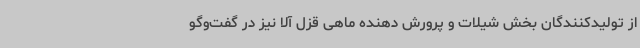
از تولیدکنندگان بخش شیلات و پرورش دهنده ماهی قزل آلا نیز در گفت‌وگو